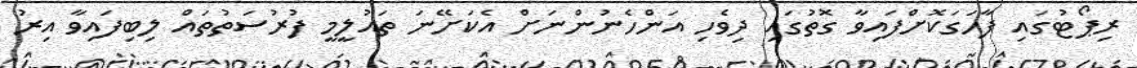
ރިޕޯޓުގައި ފާހަގަކޮށްފައިވާ ގޮތުގައި ދިވެހި އަންހެނުންނަށް އެކަށޭނަ ތައުލީމީ ފުރުސަތުތައް ލިބިފައިވާ އިރު